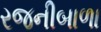
રજનીબાળા